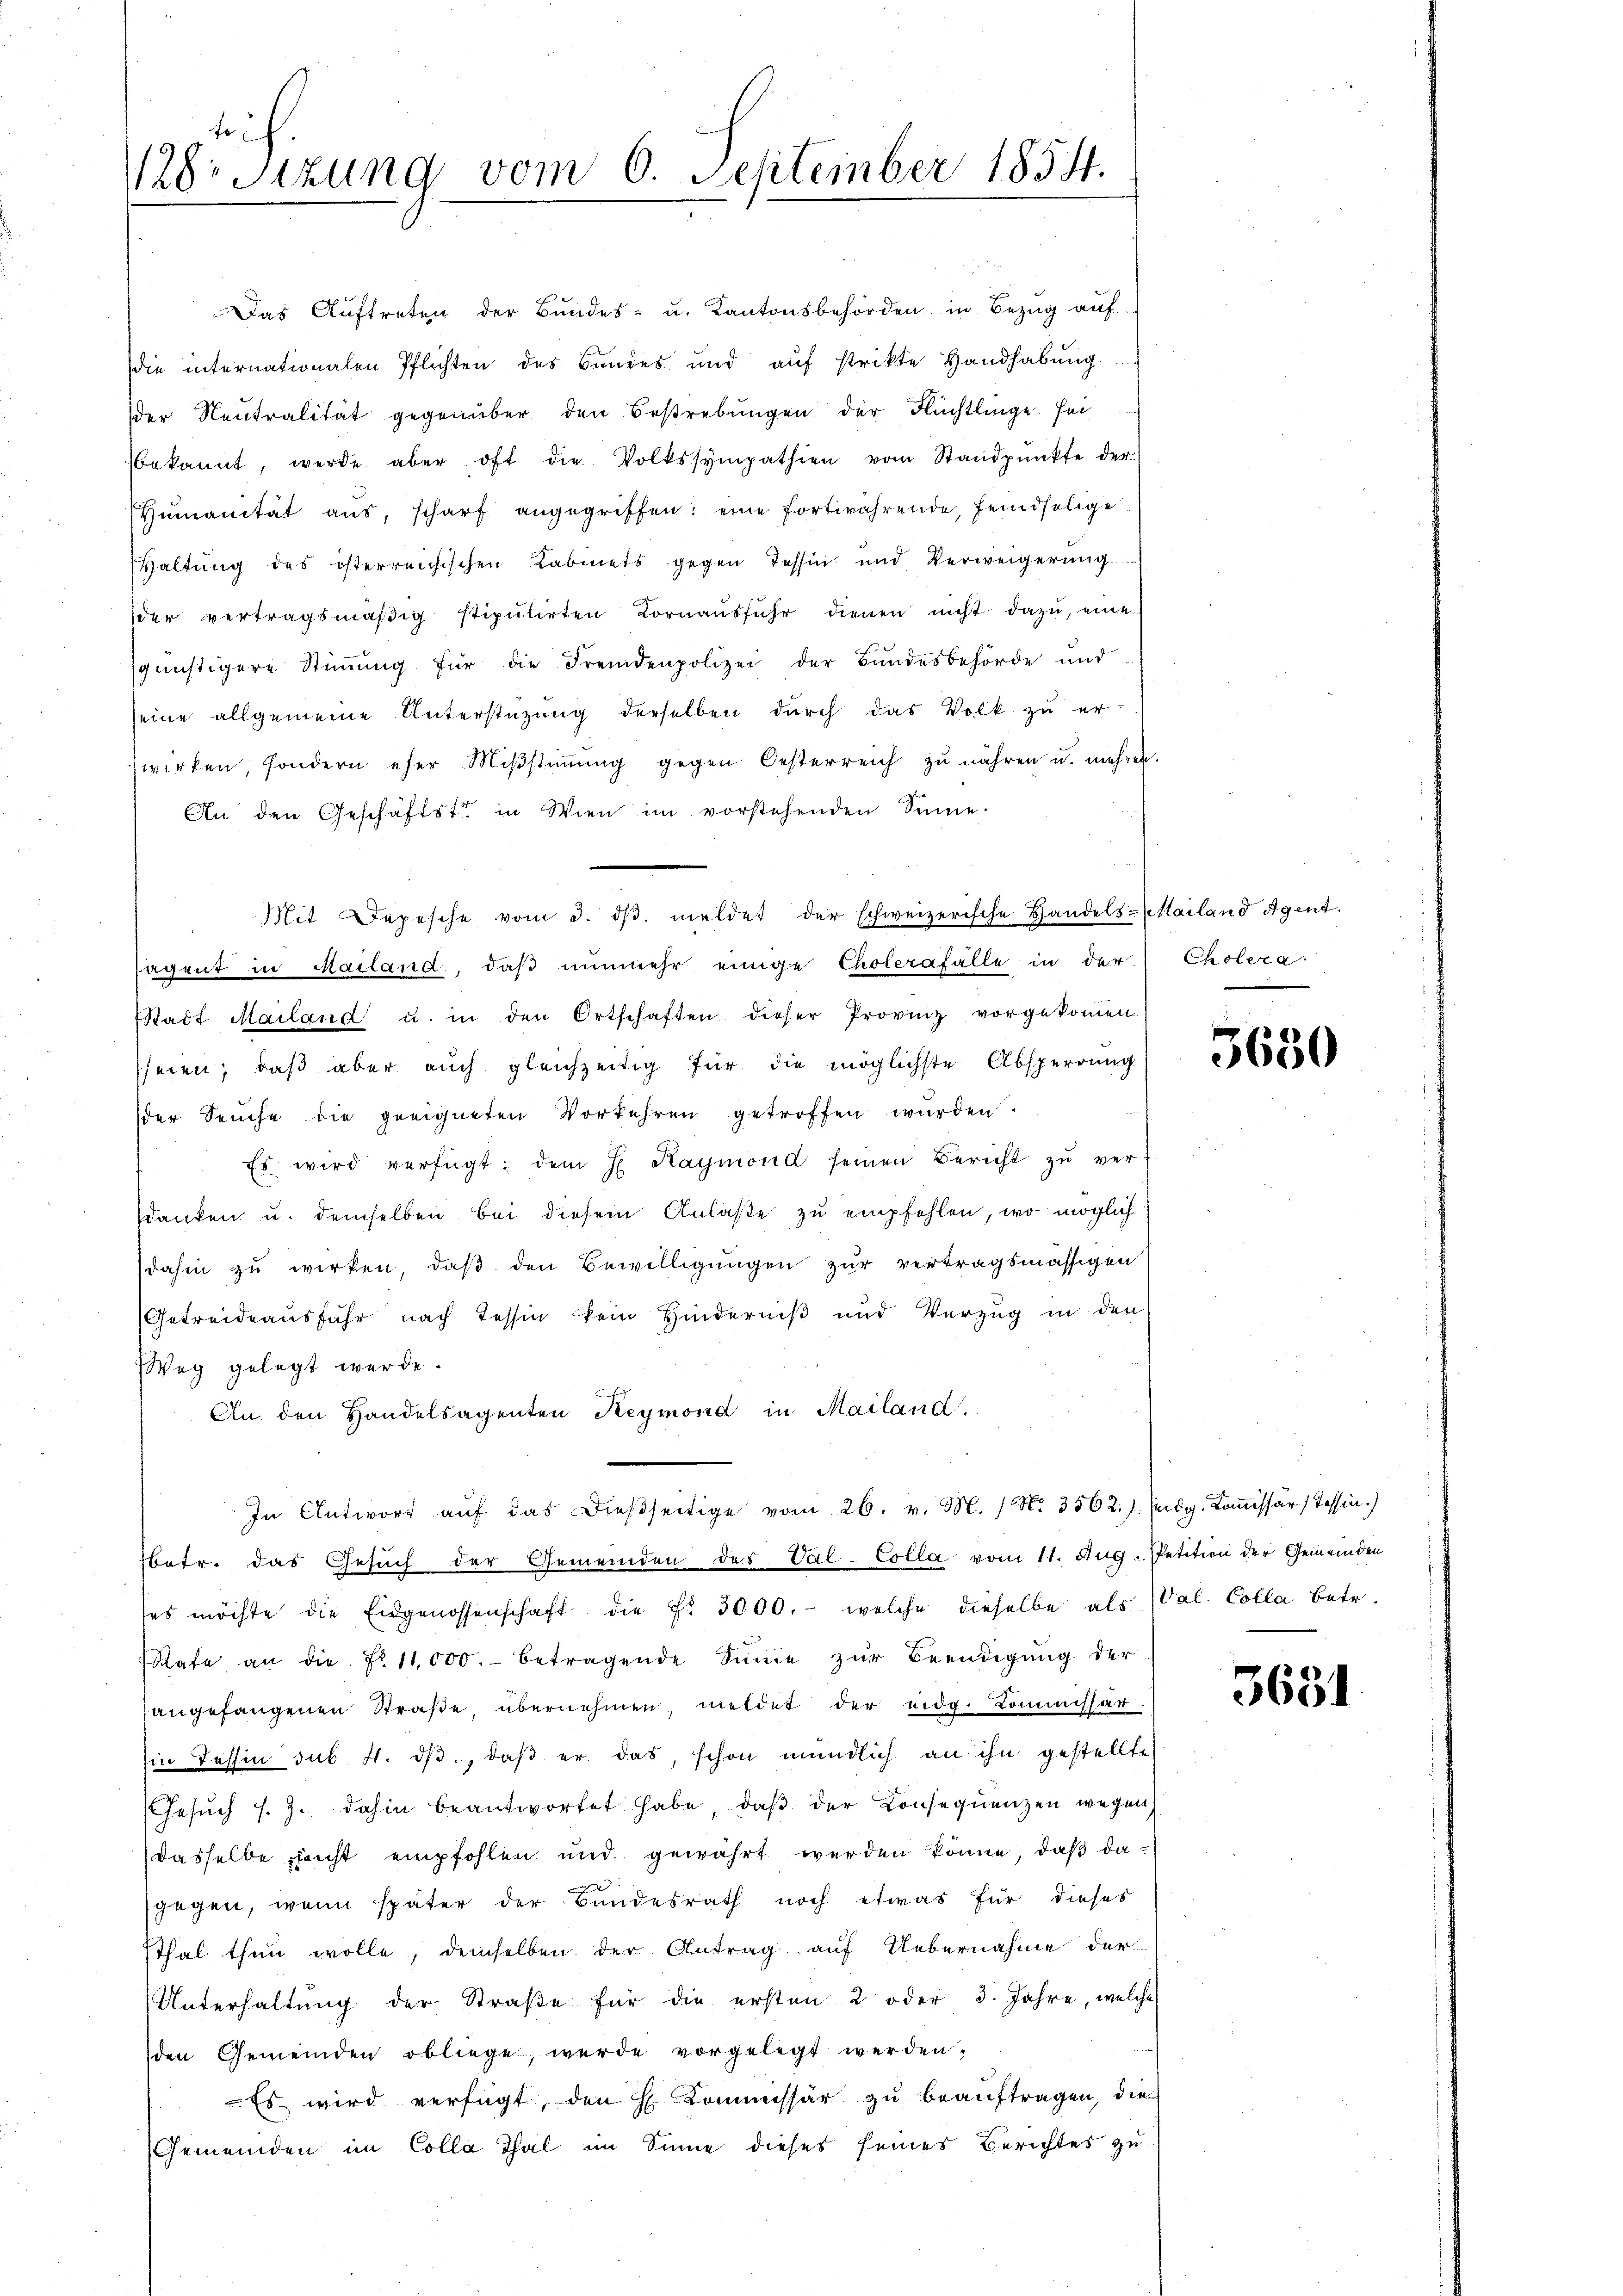
srich.
rStzung vom 6. September 1854.

Mit Depesche vom 2. dβ. meldet der schweizerische Handels-Mailand Agent.
sagent in Mailand, daß nunmehr einige Cholerafälle in der Cholera
Stadt Mailand u. in den Ortschaften dieser Provinz vorgekoṁen
seien; daß aber auch gleichzeitig für die möglichste Absperrung
der Seuche die geeigneten Vorkehren getroffen wurden.
Es wird verfügt: dem H. Raymond seinen Bericht zu verdanken u. demselben bei diesem Anlaße zu empfehlen, wo möglich
dahin zu wirken, daß den Bewilligungen zur vertragsmässigen
Getreideausführ nach Tessin kein Hinderniß und Verzug in den
Weg gelegt werde.
An den Handelsagenten Reymond in Mailand.
In Antwort aŭf das dießseitige vom 26. v. M. / N. 3562.). Eidg. Kommissär (Tessin.)
Betr. das Gesuch der Gemeinden des Val-Colla vom 11. Aug. Petition der Gemeinden
ses möchte die Eidgenossenschaft die Fr. 3000.- welche dieselbe als Val-Colla betr.
Rafe an die No. 11,000.- betragende Sinne zŭr Beendigung der
angefangenen Straße, übernehmen, meldet der eidg. Kommissar¬
Ein Tessin sub. 4. dβ, daß er das, schon mündlich an ihn gestellte
esŭch s. Z. dahin beantwortet habe, daβ der Conseqŭenzen wegen
dasselbe nicht empfohlen und gewährt werden könne, daß dagegen, wenn später der Bundesrath noch etwas für dieses
Thal thun wolle, demselben der Antrag auf Uebernahme der
Unterhaltŭng der Straβe für die ersten 2 oder 3. Jahre, welche
den Gemeinden obliege, wurde vorgelegt werden.
Es wird verfügt, den H. Kommissär zu beauftragen, die
Gemeinden im Colla Thal im Sinne dieses seines Berichtes zu

Das Auftreten der Bundes- u. Kantonsbehörden in Bezug auf
die internationalen Pflichten des Bundes und aŭf strikte Handhabŭng
der Neutralität gegenüber den Bestrebungen der Flüchtlinge sei
bekannt, werde aber oft die Volkssympathien vom Standpŭnkte der
Humanität aus, scharf angegriffen: eine fortwährende, feindselige
Haltung des österreichischen Kabinets gegen Tessin und Verweigerŭng.
der vertragsmäßig stipŭlirten Vornaŭsführ dienen nicht dazu, eine
sgünstigere Stimmung für die Fremdenpolizei der Bundesbehörde und
seine allgemeine Unterstüzung derselben durch das Volk zu er-
zwirken, sondern eher Miβstiṁŭng gegen Oesterreich zŭ währen u. mehren.
An den Geschäftste in Wien im vorstehenden Sinne.

5650

3631